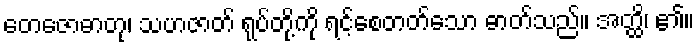
တေဇောဓာတု၊ သဟဇာတ် ရုပ်တို့ကို ရင့်စေတတ်သော ဓာတ်သည်။ အတ္ထိ၊ ၏။